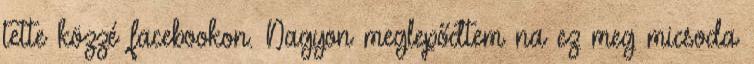
tette közzé facebookon. Nagyon meglepődtem na ez meg micsoda